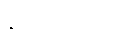
နရဝီရကတံ